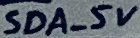
Text: SDA_5V